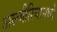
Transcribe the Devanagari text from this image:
अल्जीरियामध्ये